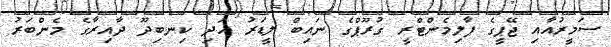
ސަމީރުއާއި ޖޭޕީގެ ޕާލިމެންޓްރީ ގުރޫޕްގެ ނައިބް ލީޑަރު އަދި ކިނބިދޫ ދާއިރާގެ މެންބަރު